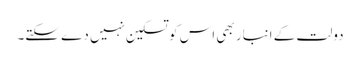
دولت کے انبار بھی اس کو تسکین نہیں دے سکتے۔